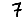
Digit: 7